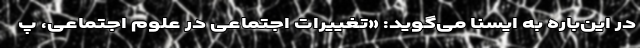
در این‌باره به ایسنا می‌گوید: «تغییرات اجتماعی در علوم اجتماعی، پ